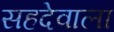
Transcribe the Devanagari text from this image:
सहदेवाला